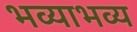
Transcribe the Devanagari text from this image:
भव्याभव्य